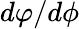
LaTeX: d\varphi/d\phi